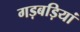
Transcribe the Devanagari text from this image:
गड़बड़ियां